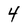
Character: 4